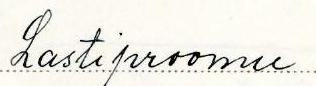
Lastiproomu